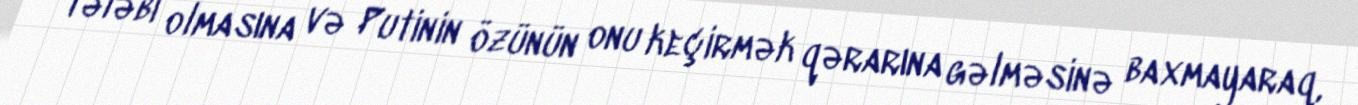
tələbi olmasına və Putinin özünün onu keçirmək qərarına gəlməsinə baxmayaraq,